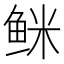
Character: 𲍐